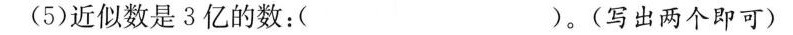
（5）近似数是3亿的数：( )(写出两个即可).